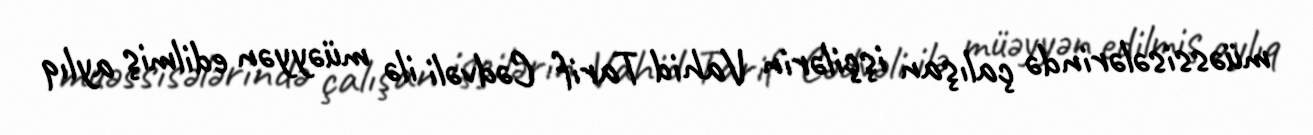
müəssisələrində çalışan işçilərin Vahid Tarif Cədvəli ilə müəyyən edilmiş aylıq